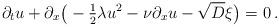
LaTeX: \begin{align*}\partial_t u+\partial_x\big(-\tfrac{1}{2}\lambda u^2 -\nu \partial_x u- \sqrt{D} \xi \big) = 0\,.\end{align*}